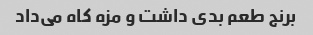
برنج طعم بدی داشت و مزه کاه می‌داد